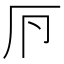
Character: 𠨳